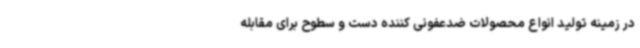
در زمینه تولید انواع محصولات ضدعفونی کننده دست و سطوح برای مقابله